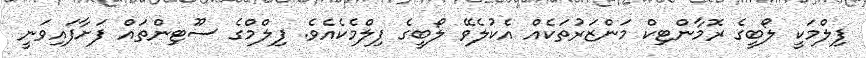
ފިލްމަކީ ލޯބީގެ ރޮމާންޓިކް މަންޒަރުތަކެއް އެކުލެވޭ ލޯބީގެ ފިލްމެކެއެވެ. ފިލްމްގެ ސޫޓިންތައް ފަށާފައިވަނީ